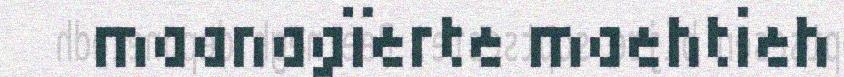
maanagïerte maehtieh